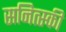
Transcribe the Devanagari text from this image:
सनित्स्की